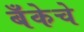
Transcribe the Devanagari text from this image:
बँकेचे